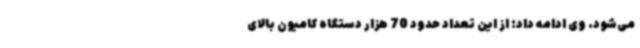
می‌شود. وی ادامه داد: از این تعداد حدود 70 هزار دستگاه کامیون بالای